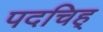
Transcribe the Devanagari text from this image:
पदचिह्